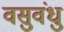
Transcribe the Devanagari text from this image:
वसुवंधु